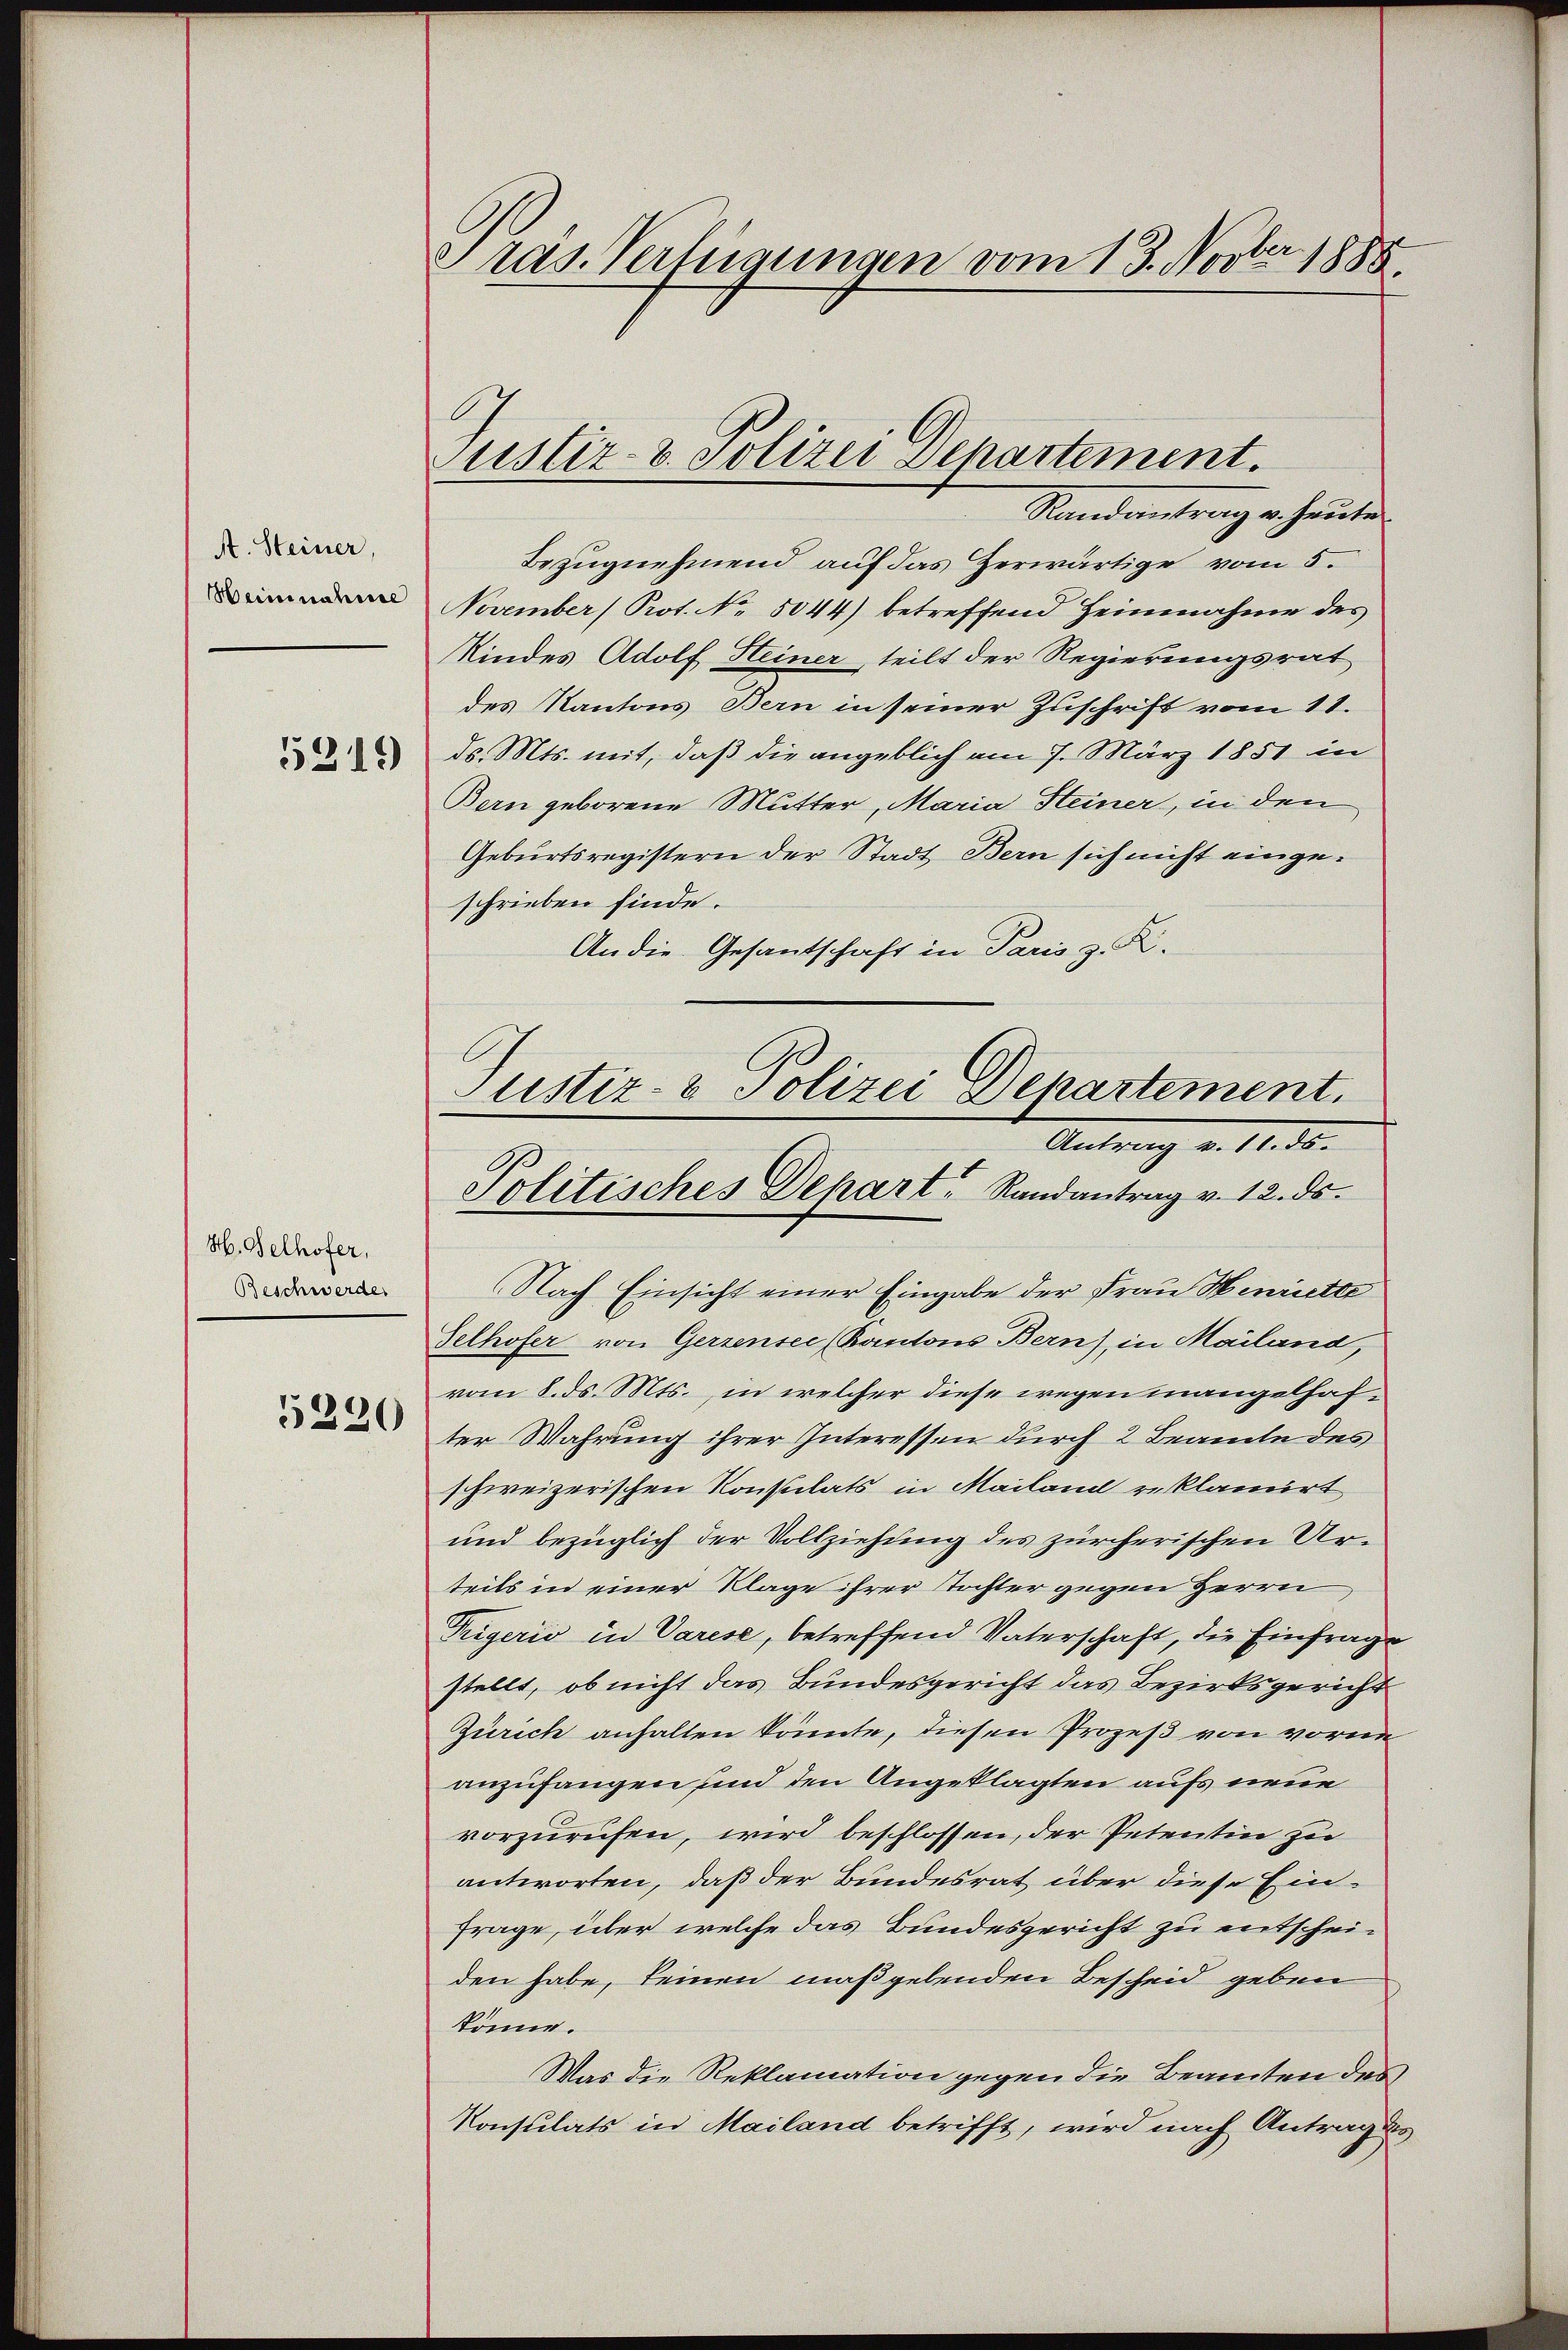
A. Steiner,
Heinnahme

5319

H. Gelhofer,
Beschwerde

5220

Pras. Verfügungen vom 13. Novber 1888

(Nach Einsicht einer Eingabe der Frau Henriette
Selhofer von Gerzensee (Kantons Bern), in Mailand,
vom 8. ds. Mts., in welcher diese wegen mangelhafter Wahrung ihrer Interessen durch 2 Beamte des
schweizerischen Konstilats in Mailand reklamirt
und bezüglich der Vollziehung des zürcherischen Urteils in einer Klage ihrer Tochter gegen Herrn
Trigerio in Varese, betreffend Vaterschaft, die Einfrage
stellt, ob nicht das Bundesgericht das Bezirksgericht
Zürich anhalten könnte, diesen Prozeß von vorne
anzufangen und den Angeklagten aufs neue
vorzurufen, wird beschlossen, der Petentin zu
antworten, daß der Bundesrat über diese Ein¬
Frage, über welche das Bundesgericht zu entscheiden habe, keinen maßgebenden Bescheid geben
könne.
Was die Reklamation gegen die Beamten des
Konsulats in Mailand betrifft, wird nach Antrag des

Justiz- & Polizei Departement.

Randantrag v. heute
Bezugnehmend auf das Zerwärtige vom 5.
November (Prot. No. 5044) betreffend Heinnahme des
Kindes Adolf Steiner, teilt der Regierungsrat
des Kantons Bern in seiner Zuschrift vom 11.
ds. Mts. mit, daß die angeblich am 7. März 1851 in
Bern geborene Mutter, Maria Steiner, in den
Geburtsregistern der Stadt Bern sich nicht eingeschrieben finde.
An die Gesantschaft in Paris z. R.
Justiz- & Polizei Departement.

Antrag v. 181. 8.
Politisches Dehart Randantrag v. 12. ds.